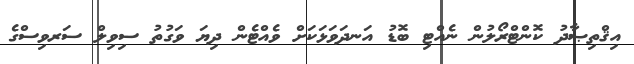
އިޤްތިޞާދު ކޮންޓްރޯލުން ނެއްޓި ބޮޑު އަނދަވަޅަކަށް ވެއްޓެން ދިޔަ ވަގުތު ސިވިލް ސަރވިސްގެ